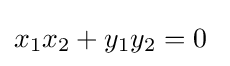
x_{1}x_{2}+y_{1}y_{2}=0\